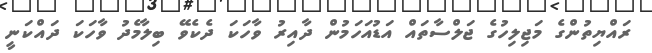
ރައްޔިތުންގެ މަޖިލިހުގެ ޖަލްސާތައް އަޑުއަހަމުން ދާއިރު ވާހަކަ ދެކެވޭ ބިލާމެދު ވާހަކަ ދައްކަނީ